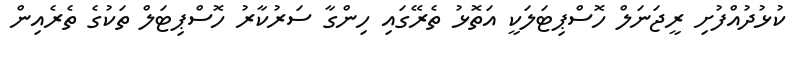
ކުޅުދުއްފުށި ރީޖަނަލް ހޮސްޕިޓަލަކީ އަތޮޅު ތެރޭގައި ހިންގާ ސަރުކާރު ހޮސްޕިޓަލް ތަކުގެ ތެރެއިން